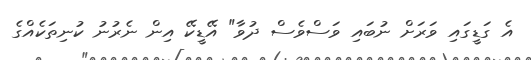
އެ ގަޑީގައި ވަރަށް ނުބައި ވަސްވެސް ދުވާ" އޭޑީކޭ އިން ނެރުނު ކުނިތަކެއްގެ